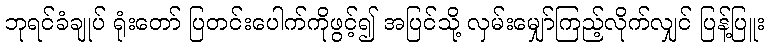
ဘုရင်ခံချုပ် ရုံးတော် ပြတင်းပေါက်ကိုဖွင့်၍ အပြင်သို့ လှမ်းမျှော်ကြည့်လိုက်လျှင် ပြန့်ပြူး